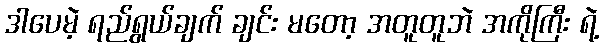
ဒါပေမဲ့ ရည်ရွယ်ချက် ချင်း မတော့ အတူတူဘဲ အကိုကြီး ရဲ့